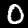
Digit: 0